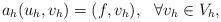
LaTeX: \begin{align*} a_{h}(u_{h}, v_{h})=(f, v_{h}),\ \ \forall v_{h}\in V_{h},\end{align*}